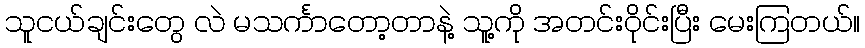
သူငယ်ချင်းတွေ လဲ မသင်္ကာတော့တာနဲ့ သူ့ကို အတင်းဝိုင်းပြီး မေးကြတယ်။